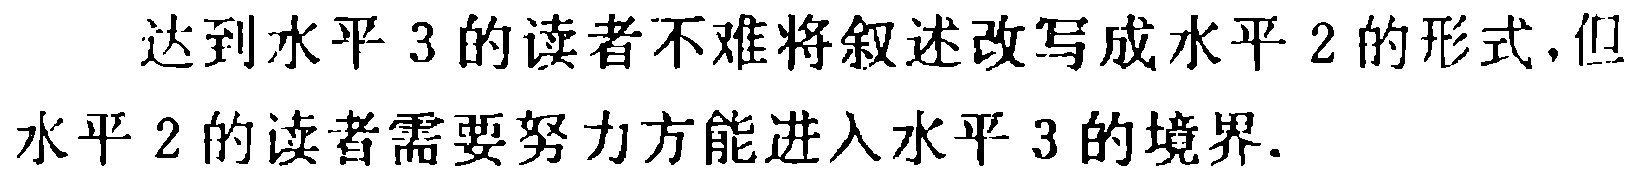
达到水平 3 的读者不难将叙述改写成水平 2 的形式, 但水平 2 的读者需要努力方能进入水平 3 的境界.